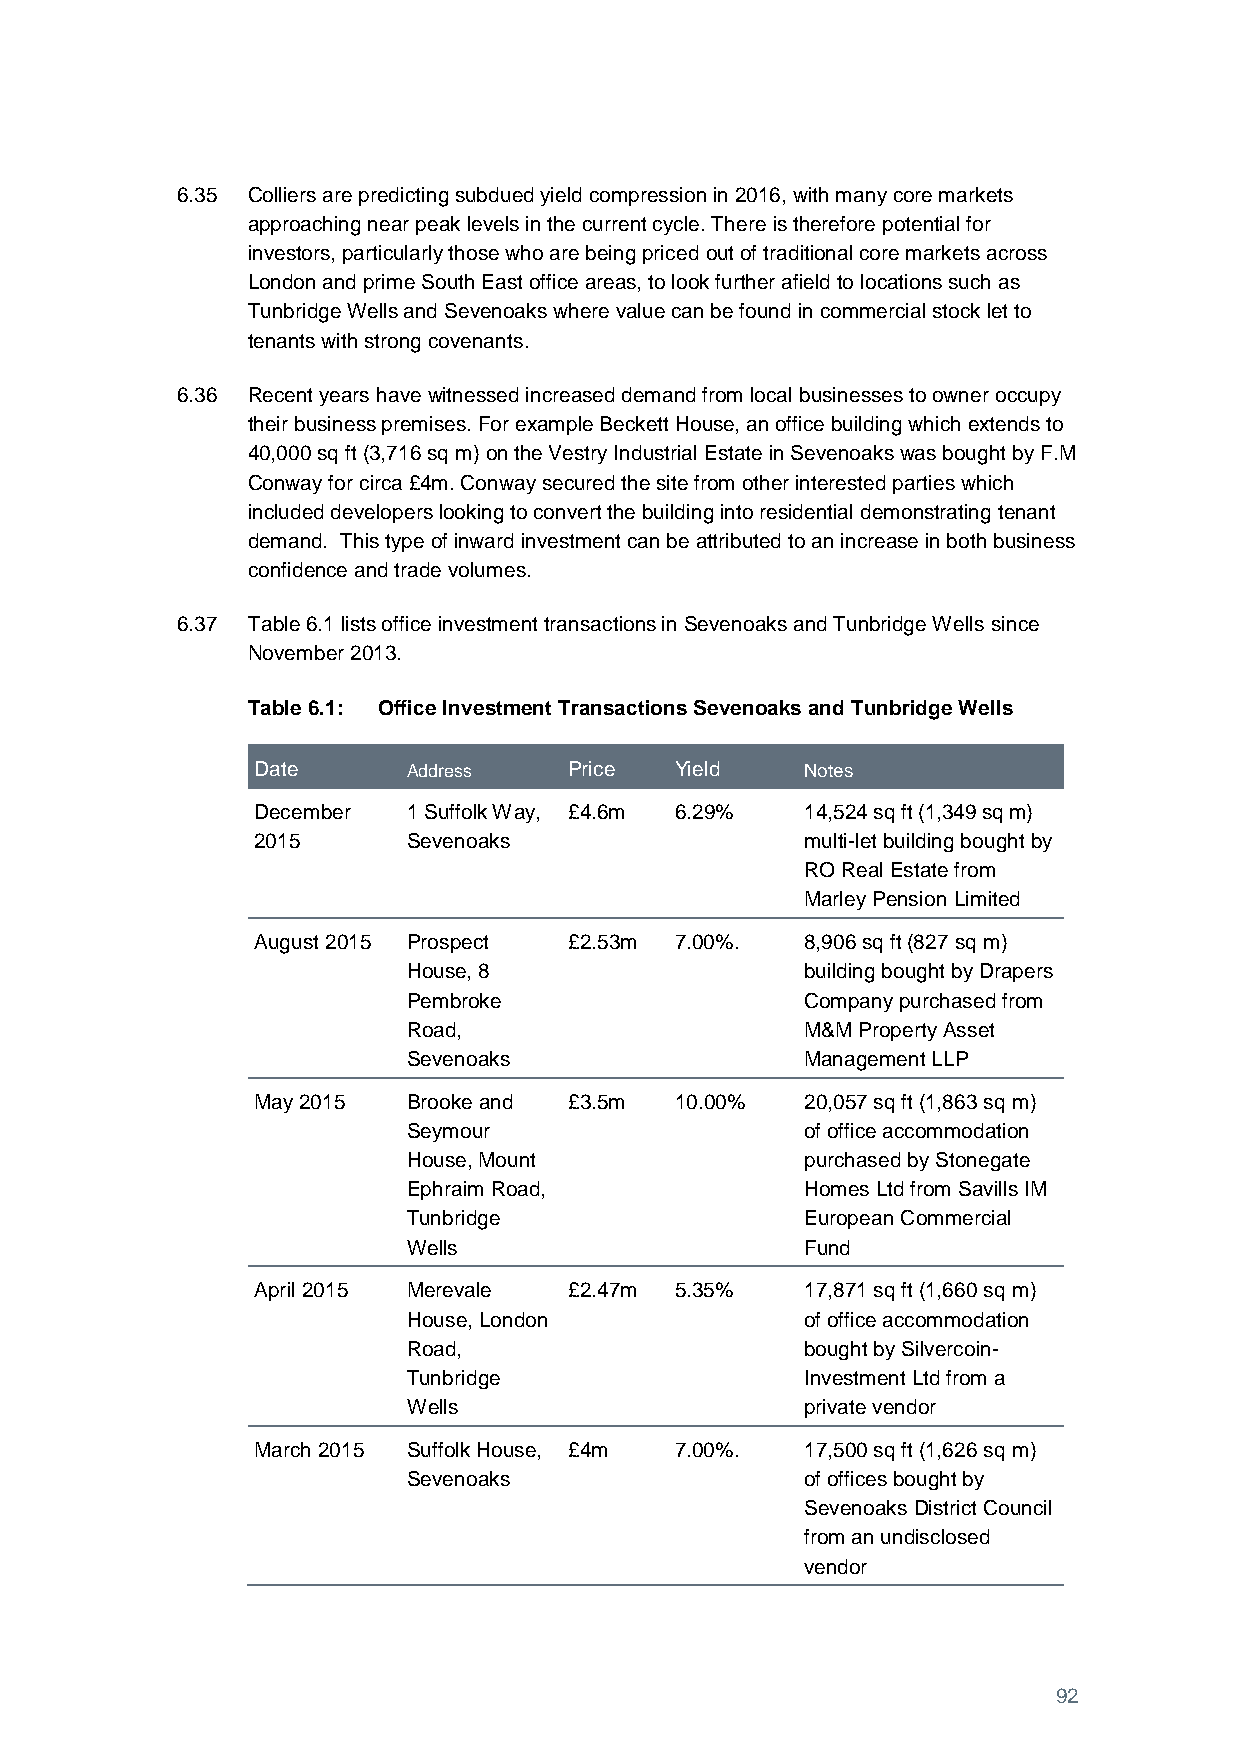
6.35 Colliers are predicting subdued yield compression in 2016, with many core markets
 approaching near peak levels in the current cycle. There is therefore potential for
 investors, particularly those who are being priced out of traditional core markets across
 London and prime South East office areas, to look further afield to locations such as
 Tunbridge Wells and Sevenoaks where value can be found in commercial stock let to
 tenants with strong covenants.
 6.36 Recent years have witnessed increased demand from local businesses to owner occupy
 their business premises. For example Beckett House, an office building which extends to
 40,000 sq ft (3,716 sq m) on the Vestry Industrial Estate in Sevenoaks was bought by F.M
 Conway for circa £4m. Conway secured the site from other interested parties which
 included developers looking to convert the building into residential demonstrating tenant
 demand. This type of inward investment can be attributed to an increase in both business
 confidence and trade volumes.
 6.37 Table 6.1 lists office investment transactions in Sevenoaks and Tunbridge Wells since
 November 2013.
 Table 6.1: Office Investment Transactions Sevenoaks and Tunbridge Wells
 Date      Address    Price  Yield   Notes
 December  1 Suffolk Way, £4.6m 6.29% 14,524 sq ft (1,349 sq m)
 2015      Sevenoaks                 multi-let building bought by
 RO Real Estate from
 Marley Pension Limited
 August 2015 Prospect £2.53m 7.00%.  8,906 sq ft (827 sq m)
 House, 8                  building bought by Drapers
 Pembroke                  Company purchased from
 Road,                     M&M Property Asset
 Sevenoaks                 Management LLP
 May 2015  Brooke and £3.5m  10.00%  20,057 sq ft (1,863 sq m)
 Seymour                   of office accommodation
 House, Mount              purchased by Stonegate
 Ephraim Road,             Homes Ltd from Savills IM
 Tunbridge                 European Commercial
 Wells                     Fund
 April 2015 Merevale  £2.47m 5.35%   17,871 sq ft (1,660 sq m)
 House, London             of office accommodation
 Road,                     bought by Silvercoin-
 Tunbridge                 Investment Ltd from a
 Wells                     private vendor
 March 2015 Suffolk House, £4m 7.00%. 17,500 sq ft (1,626 sq m)
 Sevenoaks                 of offices bought by
 Sevenoaks District Council
 from an undisclosed
 vendor
 92